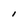
Character: i